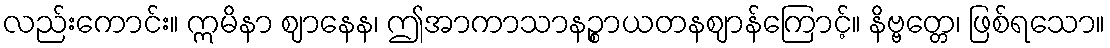
လည်းကောင်း။ ဣမိနာ ဈာနေန၊ ဤအာကာသာနဉ္စာယတနဈာန်ကြောင့်။ နိဗ္ဗတ္တေ၊ ဖြစ်ရသော။